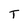
Character: T